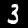
Digit: 3